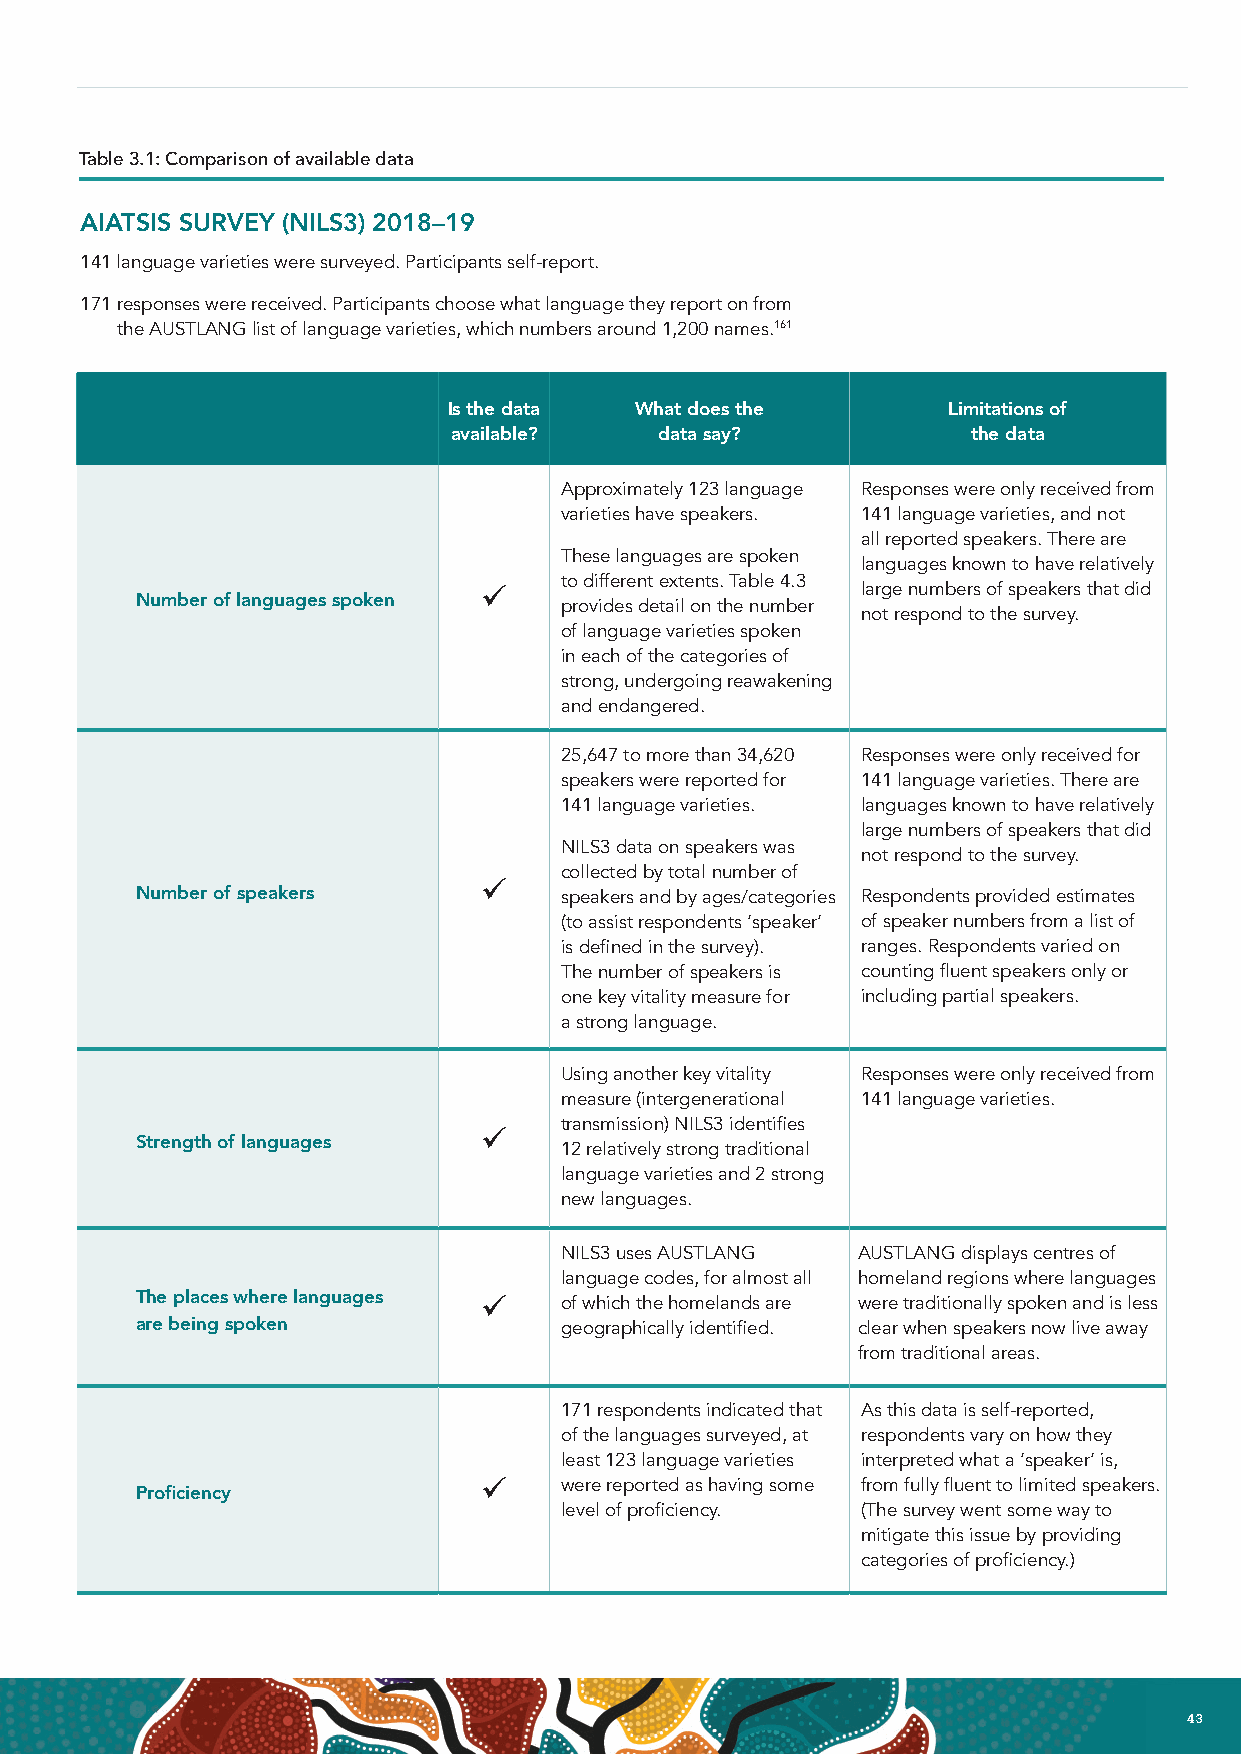
Table 3.1: Comparison of available data
 AIATSIS SURVEY (NILS3) 2018–19
 141 language varieties were surveyed. Participants self-report.
 171 responses were received. Participants choose what language they report on from
 the AUSTLANG list of language varieties, which numbers around 1,200 names.161
 Is the data What does the        Limitations of
 available?    data say?           the data
 Approximately 123 language Responses were only received from
 varieties have speakers. 141 language varieties, and not
 all reported speakers. There are
 These languages are spoken
 languages known to have relatively
 to different extents. Table 4.3
 ü                        large numbers of speakers that did
 Number of languages spoken  provides detail on the number
 not respond to the survey.
 of language varieties spoken
 in each of the categories of
 strong, undergoing reawakening
 and endangered.
 25,647 to more than 34,620 Responses were only received for
 speakers were reported for 141 language varieties. There are
 141 language varieties. languages known to have relatively
 large numbers of speakers that did
 NILS3 data on speakers was
 not respond to the survey.
 collected by total number of
 ü
 Number of speakers          speakers and by ages/categories Respondents provided estimates
 (to assist respondents ‘speaker’ of speaker numbers from a list of
 is defined in the survey). ranges. Respondents varied on
 The number of speakers is counting fluent speakers only or
 one key vitality measure for including partial speakers.
 a strong language.
 Using another key vitality Responses were only received from
 measure (intergenerational 141 language varieties.
 transmission) NILS3 identifies
 ü
 Strength of languages       12 relatively strong traditional
 language varieties and 2 strong
 new languages.
 NILS3 uses AUSTLANG AUSTLANG displays centres of
 language codes, for almost all homeland regions where languages
 The places where languages ü of which the homelands are were traditionally spoken and is less
 are being spoken            geographically identified. clear when speakers now live away
 from traditional areas.
 171 respondents indicated that As this data is self-reported,
 of the languages surveyed, at respondents vary on how they
 least 123 language varieties interpreted what a ‘speaker’ is,
 ü    were reported as having some from fully fluent to limited speakers.
 Proficiency
 level of proficiency. (The survey went some way to
 mitigate this issue by providing
 categories of proficiency.)
 42 NATIONAL INDIGENOUS LANGUAGES REPORT                                        43